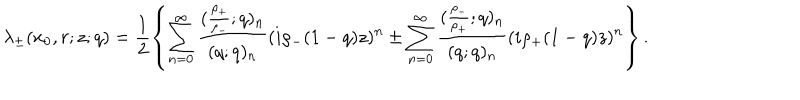
\lambda _ { \pm } ( x _ { 0 } , r ; z ; q ) = \frac { 1 } { 2 } \left\{ \sum _ { n = 0 } ^ { \infty } \frac { ( \frac { \rho _ { + } } { \rho _ { - } } ; q ) _ { n } } { ( q ; q ) _ { n } } ( i \rho _ { - } ( 1 - q ) z ) ^ { n } \pm \sum _ { n = 0 } ^ { \infty } \frac { ( \frac { \rho _ { - } } { \rho _ { + } } ; q ) _ { n } } { ( q ; q ) _ { n } } ( i \rho _ { + } ( 1 - q ) z ) ^ { n } \right\} .